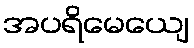
အပရိမေယျေ